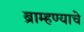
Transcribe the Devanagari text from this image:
ब्राम्हण्याचे